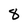
Character: 8